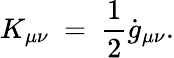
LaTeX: K_{\mu\nu}~=~\frac{1}{2}\dot{g}_{\mu\nu}.